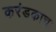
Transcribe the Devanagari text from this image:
करंडकाचा